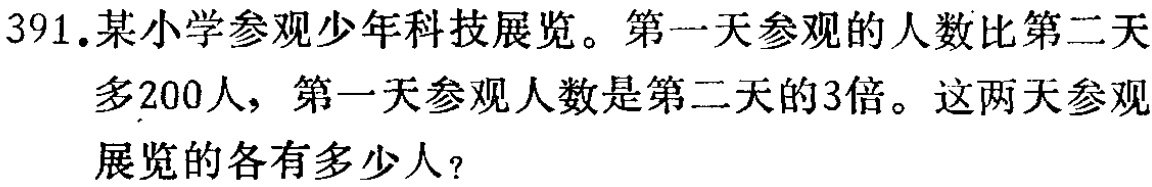
391.某小学参观少年科技展览。第一天参观的人数比第二天多200人，第一天参观人数是第二天的3倍。这两天参观展览的各有多少人？